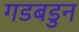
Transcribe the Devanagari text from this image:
गडबडुन